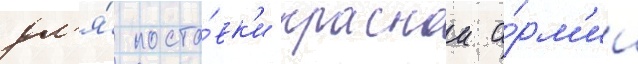
дл'я́ поста́вк'и краснои а́рм'ии